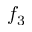
f _ { 3 }